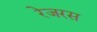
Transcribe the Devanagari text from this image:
रेजरस